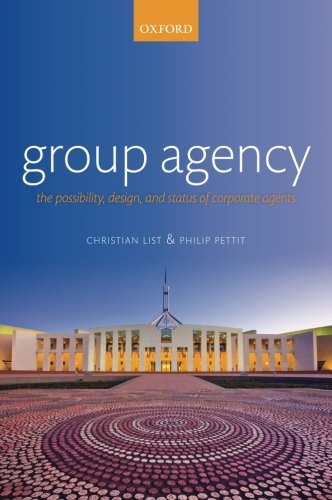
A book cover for Group Agency: The Possibility, Design, and Status of Corporate Agents; Christian List; Law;